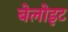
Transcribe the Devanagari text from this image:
बेलोइट